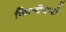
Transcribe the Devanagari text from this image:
कित्येकशे